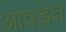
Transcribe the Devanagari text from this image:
आवडतं